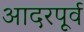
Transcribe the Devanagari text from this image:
आदरपूर्व